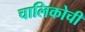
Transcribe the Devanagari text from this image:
चालिकोची